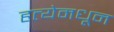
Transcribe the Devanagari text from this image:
हत्येमधून